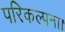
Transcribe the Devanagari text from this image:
परिकल्पना।